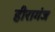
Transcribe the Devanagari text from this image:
हीरागंज